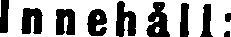
Innehål1: